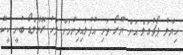
ހިޔާލު ޕޯޗުގަލް އަށް ޔޫރޯ ތަށި އުފުލައިދިނުމަށް ފަހު ރޮނާލްޑޯ ބުނީ ކީކޭ